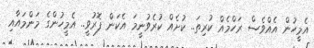
އެމީހުން އެއްވެސް ރަހްމެއް ކުރިތަ.. ކުށެއް ކުރެވުނީމަ އެކަން ފޮރުވީ.. އެމީހުންގެ މަންމައާއި